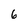
Character: 6